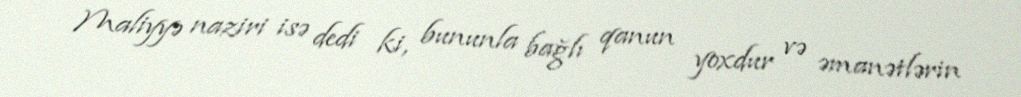
Maliyyə naziri isə dedi ki, bununla bağlı qanun yoxdur və əmanətlərin